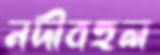
নদীবহুল